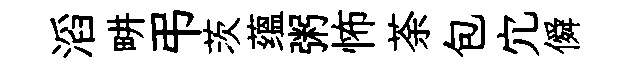
滔畊弔茨蕴粥怖荼包宂僢